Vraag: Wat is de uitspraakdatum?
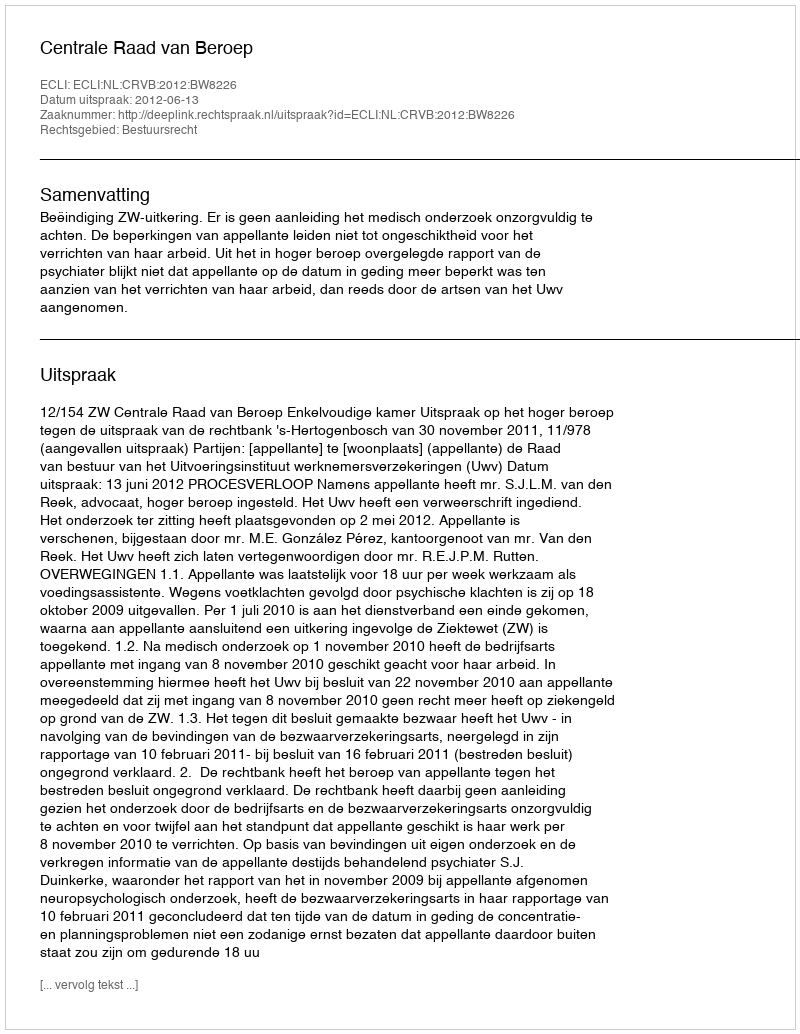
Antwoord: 2012-06-13